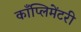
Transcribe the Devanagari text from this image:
काँप्लिमेंटरी